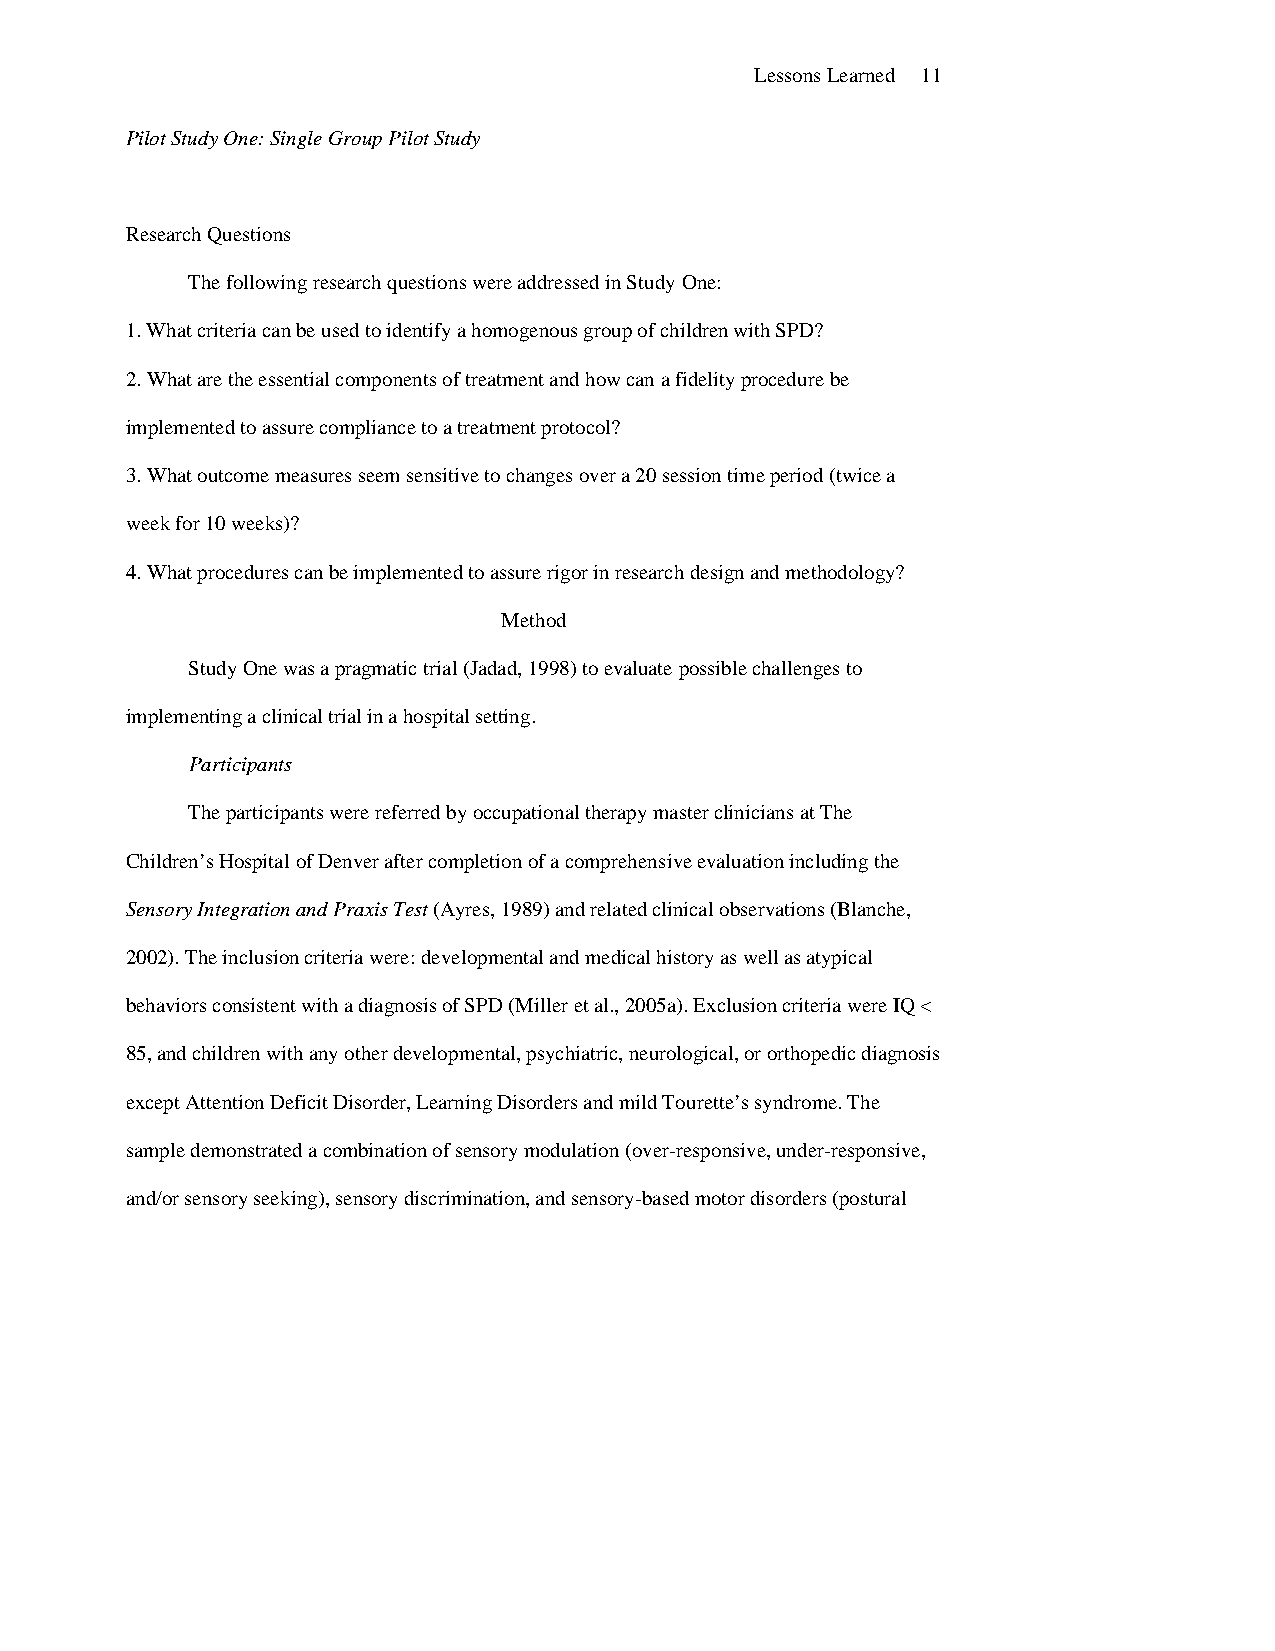
Lessons Learned 11
 Pilot Study One: Single Group Pilot Study
 Research Questions
 The following research questions were addressed in Study One:
 1. What criteria can be used to identify a homogenous group of children with SPD?
 2. What are the essential components of treatment and how can a fidelity procedure be
 implemented to assure compliance to a treatment protocol?
 3. What outcome measures seem sensitive to changes over a 20 session time period (twice a
 week for 10 weeks)?
 4. What procedures can be implemented to assure rigor in research design and methodology?
 Method
 Study One was a pragmatic trial (Jadad, 1998) to evaluate possible challenges to
 implementing a clinical trial in a hospital setting.
 Participants
 The participants were referred by occupational therapy master clinicians at The
 Children’s Hospital of Denver after completion of a comprehensive evaluation including the
 Sensory Integration and Praxis Test (Ayres, 1989) and related clinical observations (Blanche,
 2002). The inclusion criteria were: developmental and medical history as well as atypical
 behaviors consistent with a diagnosis of SPD (Miller et al., 2005a). Exclusion criteria were IQ <
 85, and children with any other developmental, psychiatric, neurological, or orthopedic diagnosis
 except Attention Deficit Disorder, Learning Disorders and mild Tourette’s syndrome. The
 sample demonstrated a combination of sensory modulation (over-responsive, under-responsive,
 and/or sensory seeking), sensory discrimination, and sensory-based motor disorders (postural